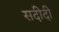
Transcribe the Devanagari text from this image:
सदीदी